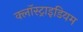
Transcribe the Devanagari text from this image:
क्लॉस्ट्राइडियम